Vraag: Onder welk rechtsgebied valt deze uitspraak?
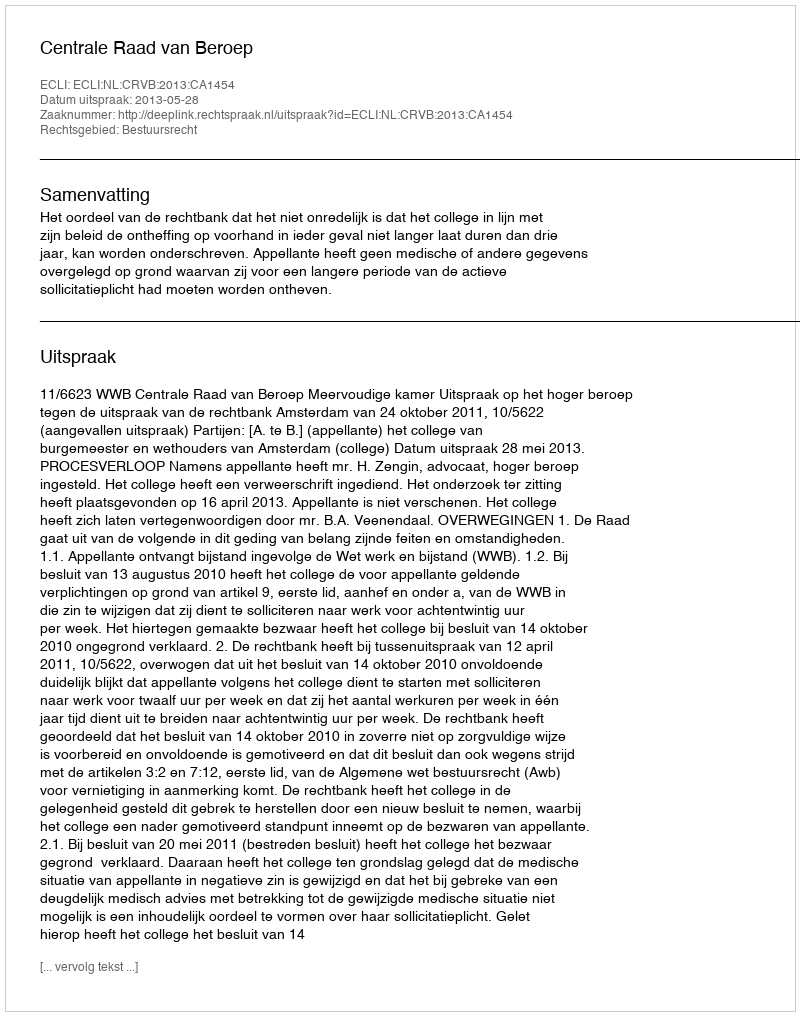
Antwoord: Bestuursrecht